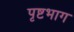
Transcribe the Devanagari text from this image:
पृष्टभाग